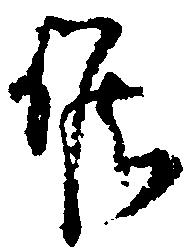
候